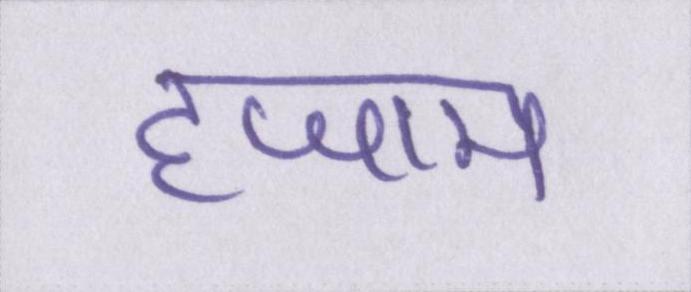
हजाम